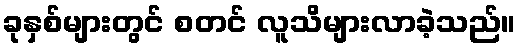
ခုနှစ်များတွင် စတင် လူသိများလာခဲ့သည်။